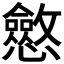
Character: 𭟠